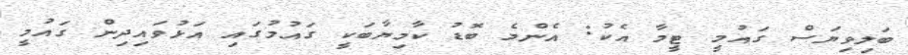
ބަލިވިޔަސް ގައުމީ ޓީމާ އެކު: އެންމެ ބޮޑު ކާމިޔާބަކީ ގައުމުގައި އަޅުވައިދިން ގައުމީ